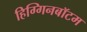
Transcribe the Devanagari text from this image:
हिग्गिनबॉटम